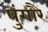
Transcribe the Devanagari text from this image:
पुंगारै